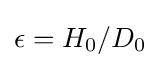
\epsilon =H_{0}/D_{0}